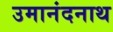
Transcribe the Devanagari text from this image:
उमानंदनाथ